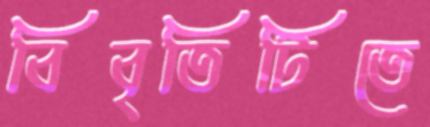
বিবৃতিটিতে